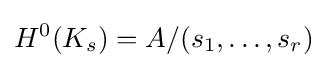
H^{0}(K_{s})=A/(s_{1},\dots ,s_{r})